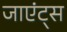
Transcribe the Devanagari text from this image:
जाएंट्स